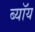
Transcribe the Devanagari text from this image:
ब्यॉय